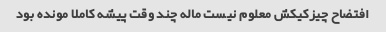
افتضاح چیزکیکش معلوم نیست ماله چند وقت پیشه کاملا مونده بود